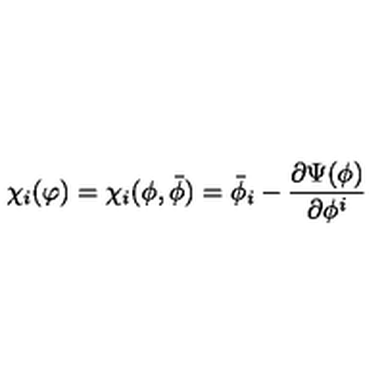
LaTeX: \chi _ { i } ( \varphi ) = \chi _ { i } ( \phi , { \bar { \phi } } ) = { \bar { \phi } } _ { i } - \frac { \partial \Psi ( \phi ) } { \partial \phi ^ { i } }